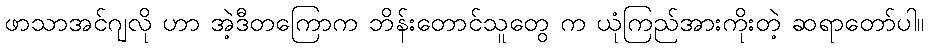
ဖာသာအင်ဂျလို ဟာ အဲ့ဒီတကြောက ဘိန်းတောင်သူတွေ က ယုံကြည်အားကိုးတဲ့ ဆရာတော်ပါ။